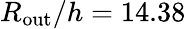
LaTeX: R_{\mathrm{out}}/h=14.38